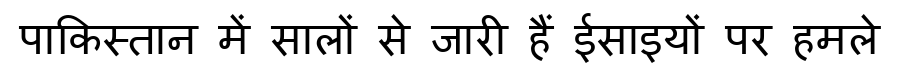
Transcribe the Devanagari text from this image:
पाकिस्तान में सालों से जारी हैं ईसाइयों पर हमले